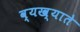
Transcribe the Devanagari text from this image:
व्यख्याते